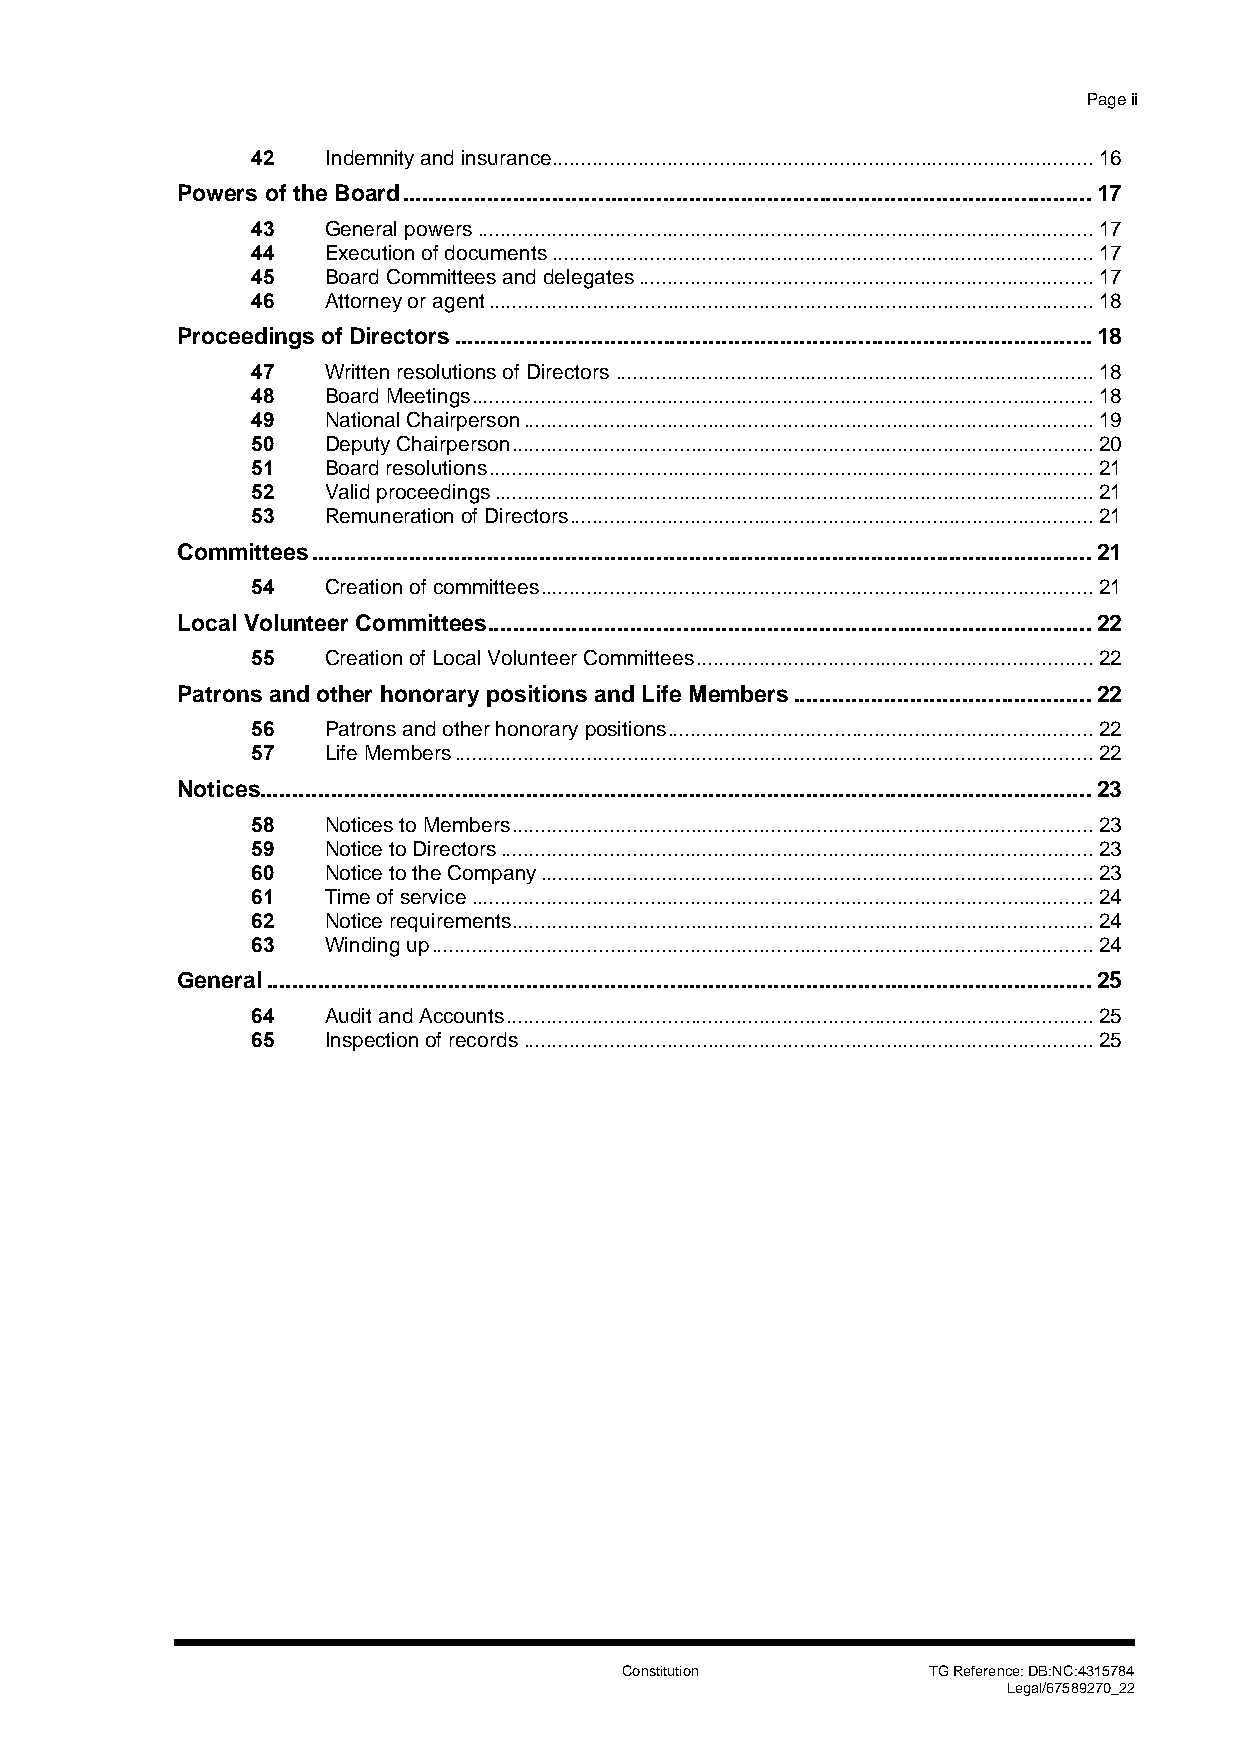
Page ii
 42   Indemnity and insurance.............................................................................................. 16
 Powers of the Board .......................................................................................................... 17
 43   General powers ........................................................................................................... 17
 44   Execution of documents .............................................................................................. 17
 45   Board Committees and delegates ............................................................................... 17
 46   Attorney or agent ......................................................................................................... 18
 Proceedings of Directors .................................................................................................. 18
 47   Written resolutions of Directors ................................................................................... 18
 48   Board Meetings ............................................................................................................ 18
 49   National Chairperson ................................................................................................... 19
 50   Deputy Chairperson ..................................................................................................... 20
 51   Board resolutions ......................................................................................................... 21
 52   Valid proceedings ........................................................................................................ 21
 53   Remuneration of Directors ........................................................................................... 21
 Committees ........................................................................................................................ 21
 54   Creation of committees ................................................................................................ 21
 Local Volunteer Committees ............................................................................................. 22
 55   Creation of Local Volunteer Committees ..................................................................... 22
 Patrons and other honorary positions and Life Members .............................................. 22
 56   Patrons and other honorary positions .......................................................................... 22
 57   Life Members ............................................................................................................... 22
 Notices................................................................................................................................ 23
 58   Notices to Members ..................................................................................................... 23
 59   Notice to Directors ....................................................................................................... 23
 60   Notice to the Company ................................................................................................ 23
 61   Time of service ............................................................................................................ 24
 62   Notice requirements ..................................................................................................... 24
 63   Winding up ................................................................................................................... 24
 General ............................................................................................................................... 25
 64   Audit and Accounts ...................................................................................................... 25
 65   Inspection of records ................................................................................................... 25
 Constitution        TG Reference: DB:NC:4315784
 Legal/67589270_22